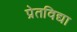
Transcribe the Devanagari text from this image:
प्रेतविद्या